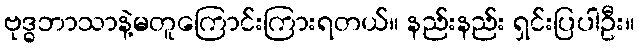
ဗုဒ္ဓဘာသာနဲ့မတူကြောင်းကြားရတယ်။ နည်းနည်း ရှင်းပြပါဦး။